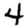
Digit: 4